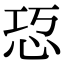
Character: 㤍